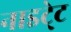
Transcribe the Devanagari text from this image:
नाइटे्ट